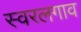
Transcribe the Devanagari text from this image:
स्वरलगाव